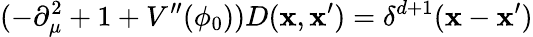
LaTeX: (-\partial_{\mu}^{2}+1+V^{\prime\prime}(\phi_{0}))D(\mathbf{x},\mathbf{x}^{\prime})=\delta^{d+1}(\mathbf{x}-\mathbf{x}^{\prime})